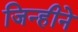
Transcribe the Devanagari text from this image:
जिन्हीने